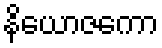
နိယောဇကော